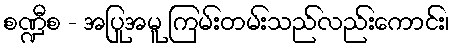
စဏ္ဍီစ - အပြုအမူ ကြမ်းတမ်းသည်လည်းကောင်း၊